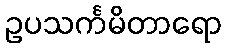
ဥပသင်္ကမိတာရော